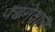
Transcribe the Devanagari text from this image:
पडनेवाल